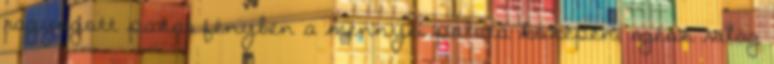
ragyogott pazar fényben a mennyei palota közepén, egész világ